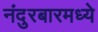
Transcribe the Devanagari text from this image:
नंदुरबारमध्ये